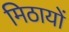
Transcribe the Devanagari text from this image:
मिठायों